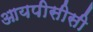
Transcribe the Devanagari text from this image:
आयपीसीसी